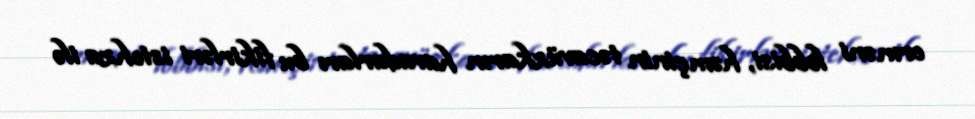
erməni lobbisi, həmçinin təcavüzkarın havadarları bu fikirləri istehza ilə